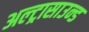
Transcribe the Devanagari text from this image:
अल्ट्रासाउन्ड